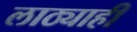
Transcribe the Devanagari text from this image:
लाठ्याही